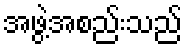
အဖွဲ့အစည်းသည်